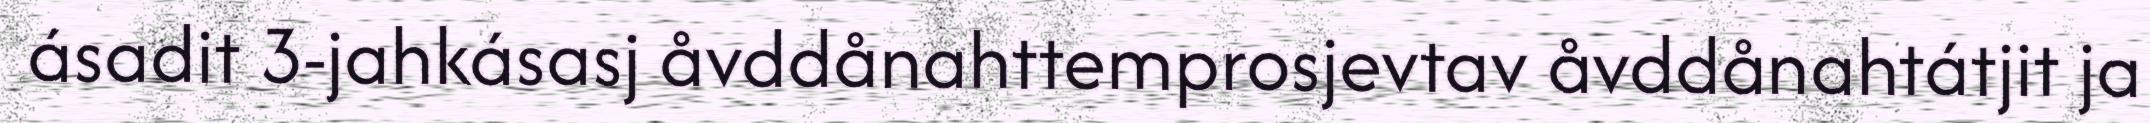
ásadit 3-jahkásasj åvddånahttemprosjevtav åvddånahtátjit ja